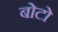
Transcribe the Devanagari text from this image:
बोटो